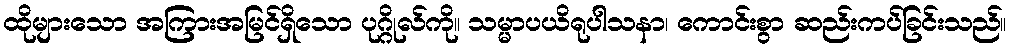
ထိုများသော အကြားအမြင်ရှိသော ပုဂ္ဂိုလ်ကို။ သမ္မာပယိရုပါသနာ၊ ကောင်းစွာ ဆည်းကပ်ခြင်းသည်။